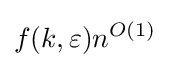
f(k,\varepsilon )n^{O(1)}